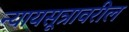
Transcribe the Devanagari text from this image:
न्यायसूत्रावरील